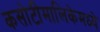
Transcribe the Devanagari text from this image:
कसोटीमालिकेमध्ये